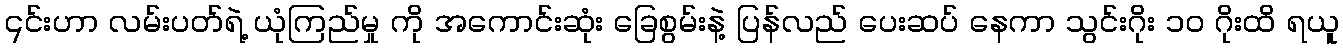
၎င်းဟာ လမ်းပတ်ရဲ့ ယုံကြည်မှု ကို အကောင်းဆုံး ခြေစွမ်းနဲ့ ပြန်လည် ပေးဆပ် နေကာ သွင်းဂိုး ၁၀ ဂိုးထိ ရယူ